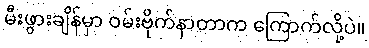
မီးဖွားချိန်မှာ ဝမ်းဗိုက်နာတာက ကြောက်လို့ပဲ။